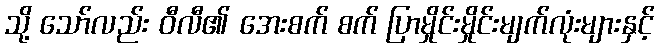
သို့ သော်လည်း ဝီလီ၏ အေးစက် စက် ပြာမှိုင်းမှိုင်းမျက်လုံးများနှင့်